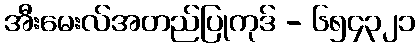
အီးမေးလ်အတည်ပြုကုဒ် - ၆၅၄၃၂၁